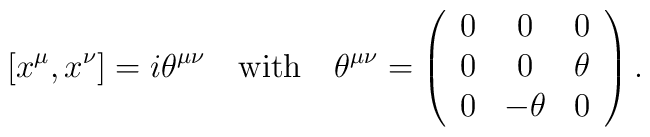
[x^{\mu},x^{\nu}]=i\theta^{\mu\nu}\quad \mathrm{with} \quad \theta^{\mu\nu}=\left(	\begin{array}{ccc}	0 & 0 & 0 \\ 0 & 0 & \theta \\ 0 & -\theta & 0	\end{array}\right).